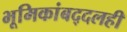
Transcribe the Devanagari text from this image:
भूमिकांबद्दलही